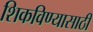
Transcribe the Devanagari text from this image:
शिकविण्यासाठीं